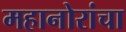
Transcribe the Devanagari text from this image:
महानोरांचा